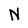
Character: N